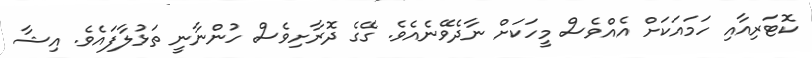
ކޮޓަރިއާއި ހަމައަކަށް އެއްވެސް މީހަކަށް ނާދެވޭނެއެވެ. ގޭގެ ދޮރާށިވެސް ހުންނާނީ ތަޅުލާފައެވެ. އިޝާ